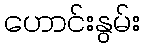
ဟောင်းနွမ်း